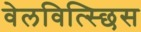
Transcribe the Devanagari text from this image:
वेलवित्स्छिस